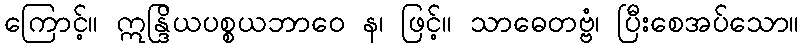
ကြောင့်။ ဣန္ဒြိယပစ္စယဘာဝေ န၊ ဖြင့်။ သာဓေတဗ္ဗံ၊ ပြီးစေအပ်သော။